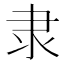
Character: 隶